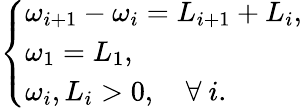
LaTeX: \left\{ \begin{array}{ll}{\omega_{i+1}-\omega_{i}=L_{i+1}+L_{i},}\\ {\omega_{1}=L_{1},}\\ {\omega_{i},L_{i}>0,\quad\forall~i.}\end{array}\right.